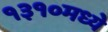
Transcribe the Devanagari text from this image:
१३१०मध्ये